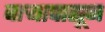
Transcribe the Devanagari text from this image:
वार्‍यापासून